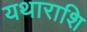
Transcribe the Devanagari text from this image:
यथाराशि